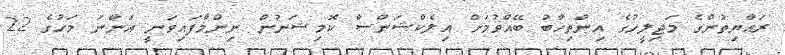
ރައްޔިތުންގެ މަޖިލީހުގެ އިންތިހާބު ބޭއްވުމަށް އިލެކްޝަންސް ކޮމިޝަނުން ނިންމާފައިވަނީ އަންނަ މަހުގެ 22